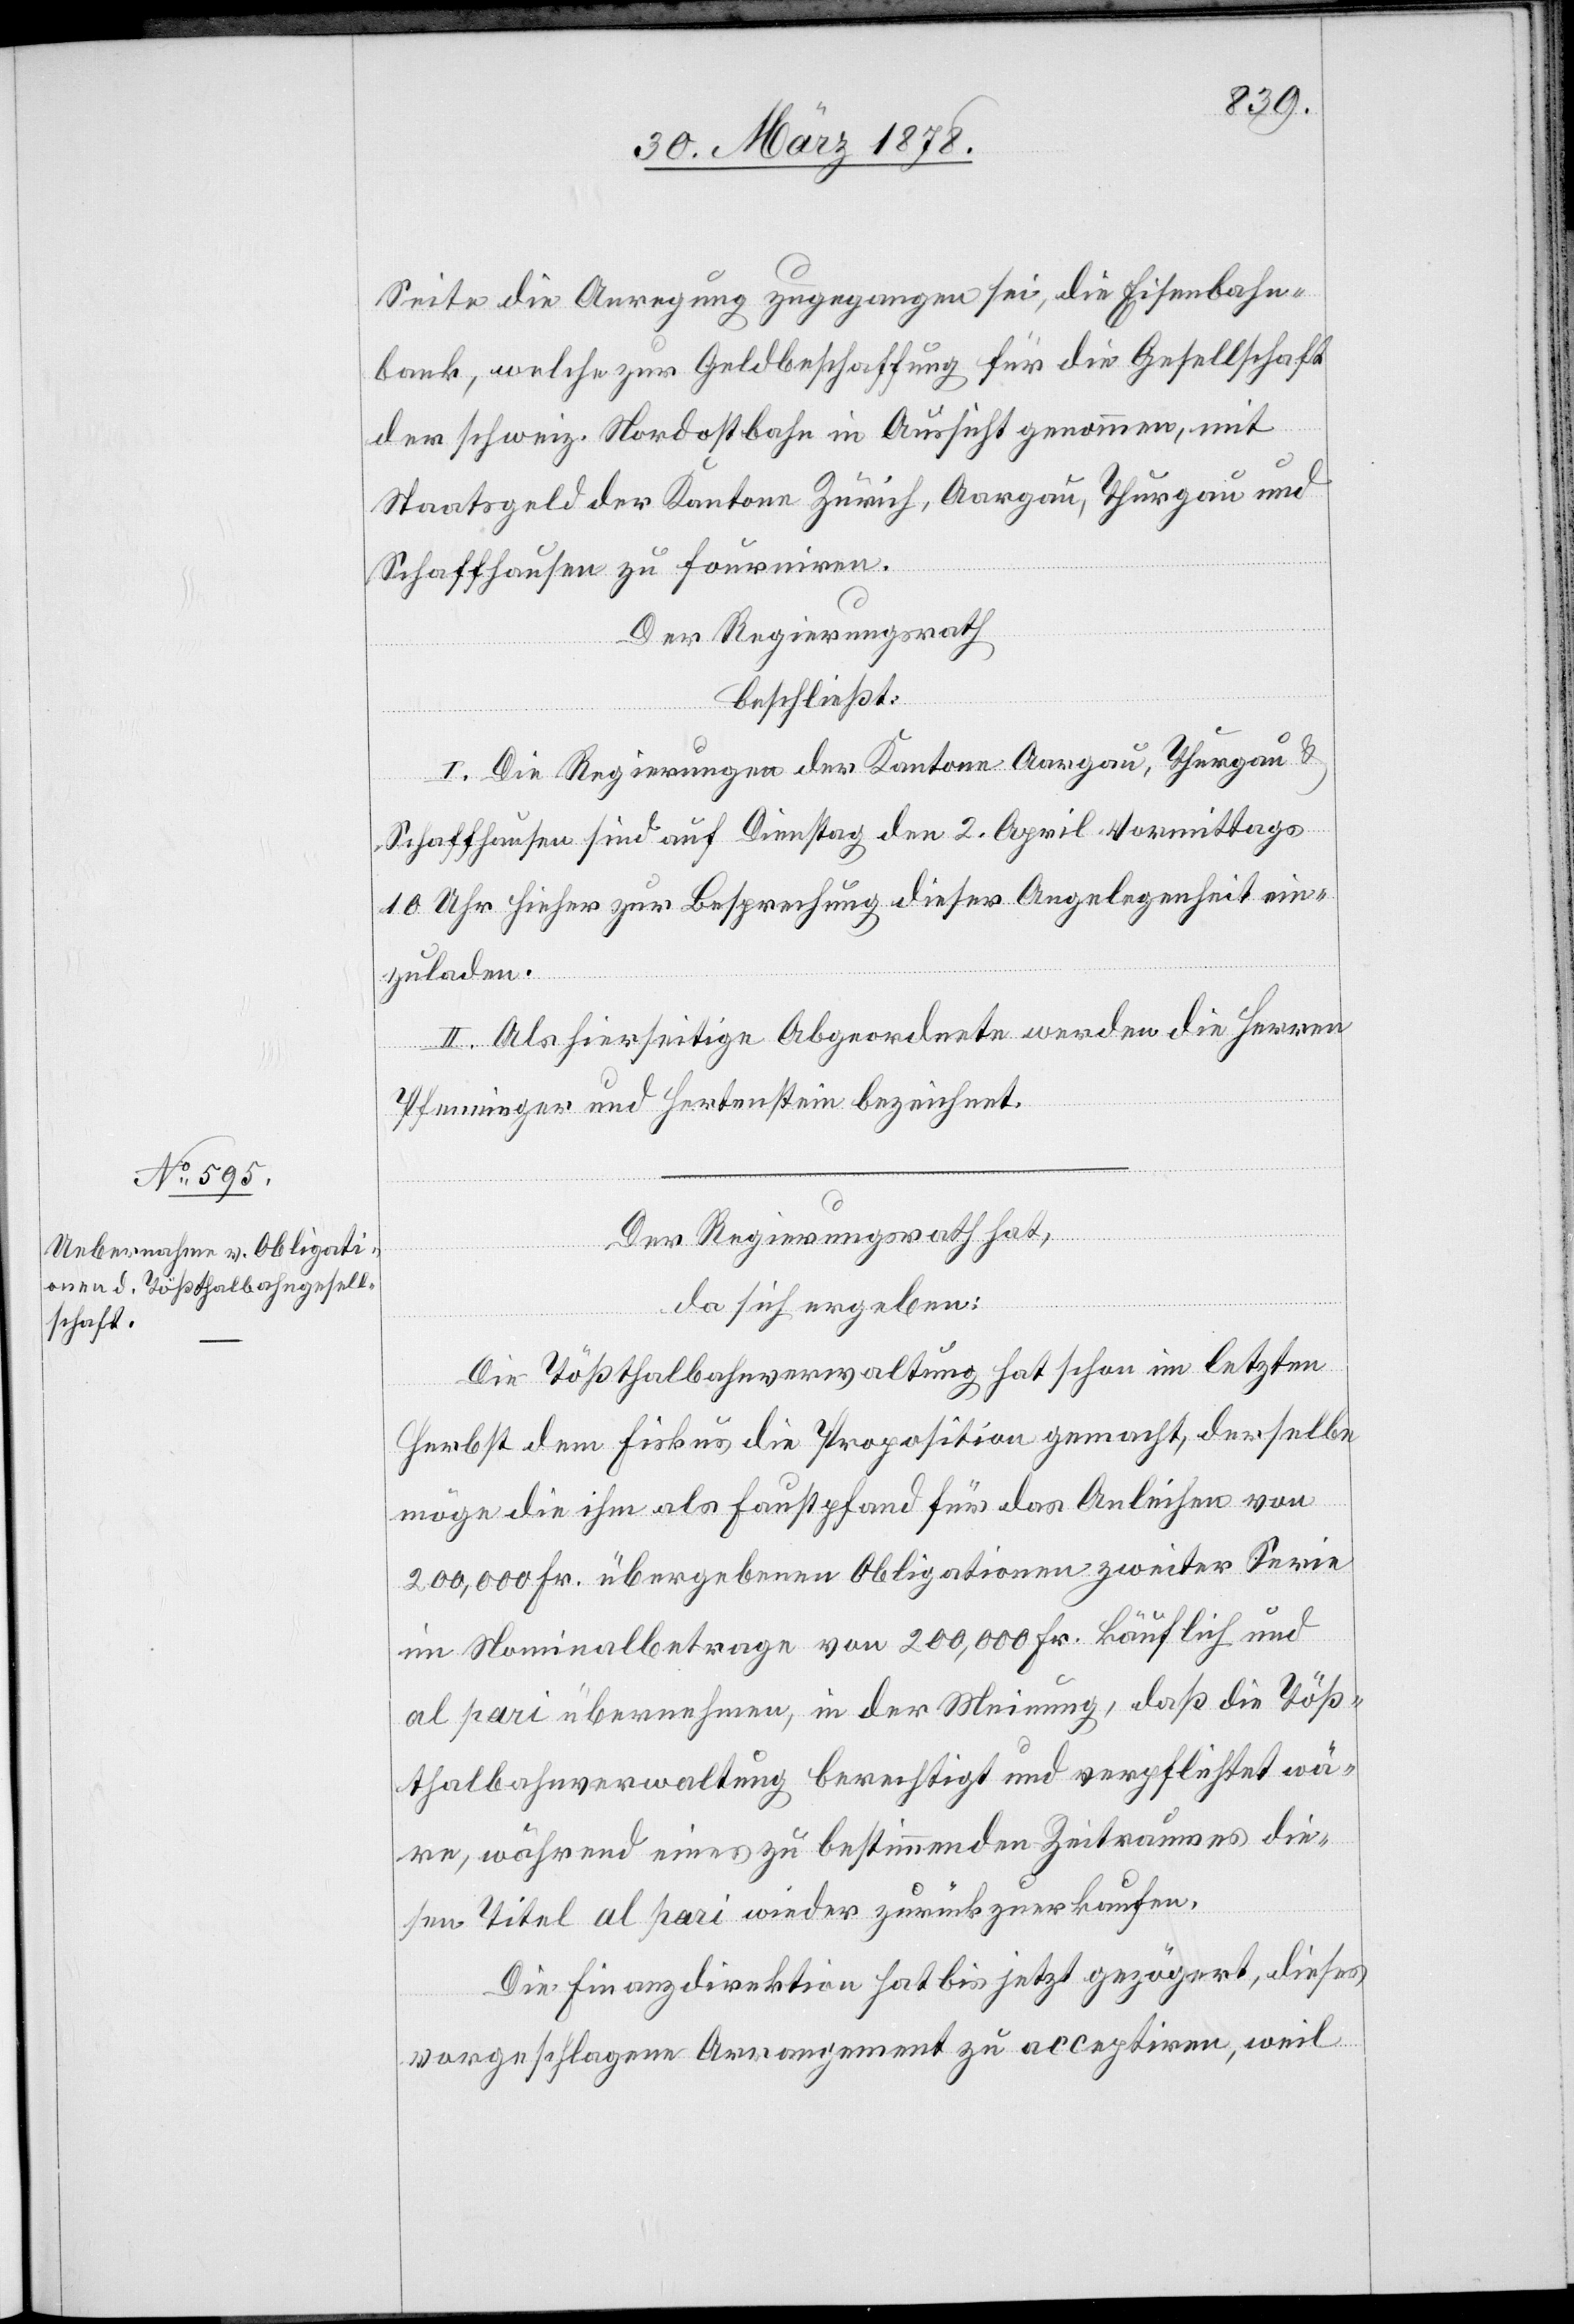
Seite die Anregung zugegangen sei, die Eisenbahn¬
bank, welche zur Geldbeschaffung für die Gesellschaft
der schweiz. Nordostbahn in Aussicht genommen, mit
Staatsgeld der Kantone Zürich, Aargau, Thurgau und
Schaffhausen zu fourniren.
Der Regierungsrath
beschließt:
I. Die Regierungen der Kantone Aargau, Thurgau &
Schaffhausen sind auf Dienstag den 2. April Vormittags
10 Uhr hieher zur Besprechung dieser Angelegenheit ein¬
zuladen.
II. Als hierseitige Abgeordnete werden die Herren
Pfenninger und Hertenstein bezeichnet.
Der Regierungsrath hat,
da sich ergeben:
Die Tößthalbahnverwaltung hat schon im letzten
Herbst dem Fiskus die Proposition gemacht, derselbe
möge die ihm als Faustpfand für das Anleihen von
200,000 Fr. übergebenen Obligationen zweiter Serie
im Nominalbetrage von 200,000 Fr. käuflich und
al pari übernehmen, in der Meinung, daß die Töß¬
thalbahnverwaltung berechtigt und verpflichtet wä¬
re, während eines zu bestimmenden Zeitraumes die¬
sen Titel al pari wieder zurückzuverkaufen.
Die Finanzdirektion hat bis jetzt gezögert, dieses
vorgeschlagene Arrangement zu acceptiren, weil